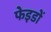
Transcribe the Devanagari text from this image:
फेइडों